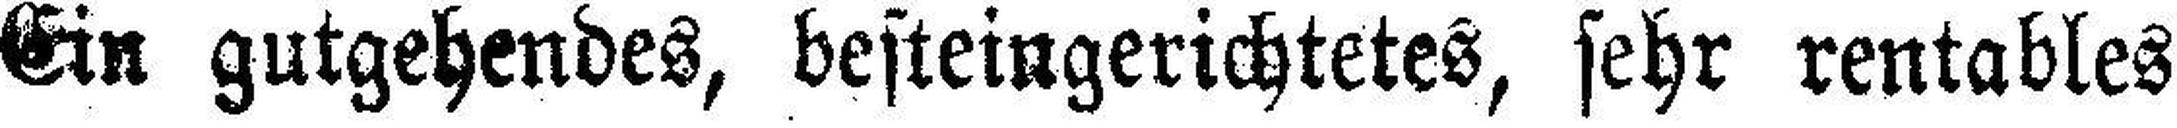
Ein gutgehendes, besteingerichtetes, sehr rentables